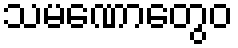
သမဏောတွေဝ